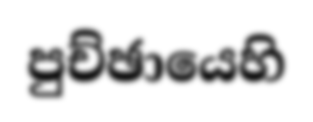
පුච්ඡායෙහි